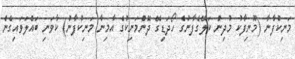
މަނިކުފާނާ (މޫނިފާކު މުދިން ކަލޭގެފާނުގެ ހޯދަޑިގޭ ދޮންމަނިކުގެ އާމިނާ މަނިކުފާނު) ކާވަނި ބައްލަވައިގެން